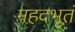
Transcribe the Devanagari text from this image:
महदभूतं